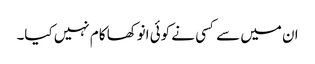
ان میں سے کسی نے کوئی انوکھا کام نہیں کیا۔